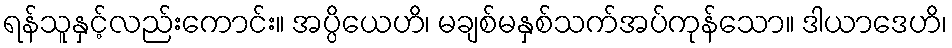
ရန်သူနှင့်လည်းကောင်း။ အပ္ပိယေဟိ၊ မချစ်မနှစ်သက်အပ်ကုန်သော။ ဒါယာဒေဟိ၊